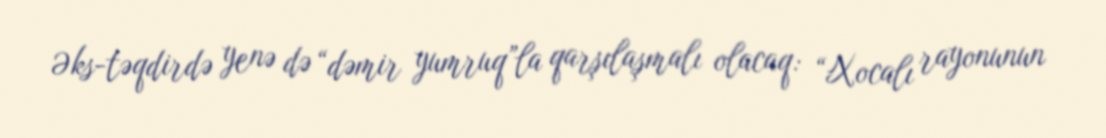
Əks-təqdirdə yenə də “dəmir yumruq”la qarşılaşmalı olacaq: “Xocalı rayonunun